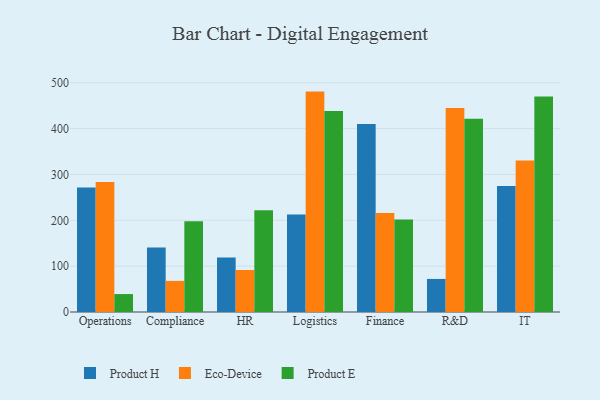
{"axis": {"x": "Department", "y": "Population (Million)"}, "legend": ["Eco-Device", "Product E", "Product H"], "data": [{"x": "Operations", "y": 271.7, "type": "Product H"}, {"x": "Operations", "y": 283.6, "type": "Eco-Device"}, {"x": "Operations", "y": 39.1, "type": "Product E"}, {"x": "Compliance", "y": 140.8, "type": "Product H"}, {"x": "Compliance", "y": 67.9, "type": "Eco-Device"}, {"x": "Compliance", "y": 198.2, "type": "Product E"}, {"x": "HR", "y": 118.9, "type": "Product H"}, {"x": "HR", "y": 91.6, "type": "Eco-Device"}, {"x": "HR", "y": 222.1, "type": "Product E"}, {"x": "Logistics", "y": 212.8, "type": "Product H"}, {"x": "Logistics", "y": 480.7, "type": "Eco-Device"}, {"x": "Logistics", "y": 438.3, "type": "Product E"}, {"x": "Finance", "y": 409.9, "type": "Product H"}, {"x": "Finance", "y": 215.7, "type": "Eco-Device"}, {"x": "Finance", "y": 202.0, "type": "Product E"}, {"x": "R&D", "y": 72.1, "type": "Product H"}, {"x": "R&D", "y": 445.0, "type": "Eco-Device"}, {"x": "R&D", "y": 421.6, "type": "Product E"}, {"x": "IT", "y": 275.0, "type": "Product H"}, {"x": "IT", "y": 330.4, "type": "Eco-Device"}, {"x": "IT", "y": 469.9, "type": "Product E"}]}